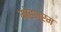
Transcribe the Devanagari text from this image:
मोहभ्रम